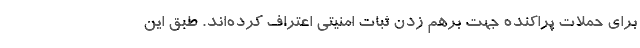
برای حملات پراکنده جهت برهم زدن ثبات امنیتی اعتراف کرده‌اند. طبق این